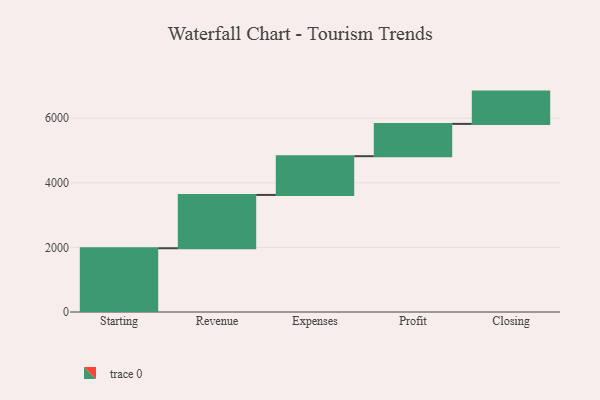
{"axis": {"x": "Step", "y": "Value"}, "legend": [""], "data": [{"x": "Starting", "y": 1974.0, "type": ""}, {"x": "Revenue", "y": 1651.0, "type": ""}, {"x": "Expenses", "y": 1200.0, "type": ""}, {"x": "Profit", "y": 1000, "type": ""}, {"x": "Closing", "y": 1000, "type": ""}]}